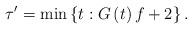
LaTeX: \begin{align*}\tau'=\min\left\{ t:G\left(t\right)f+2\right\} .\end{align*}